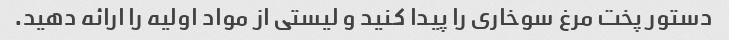
دستور پخت مرغ سوخاری را پیدا کنید و لیستی از مواد اولیه را ارائه دهید.